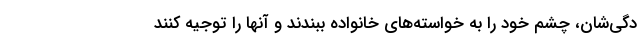
دگی‌شان، چشم خود را به خواسته‌های خانواده ببندند و آنها را توجیه کنند